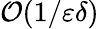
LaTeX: \mathcal{O}(1/\varepsilon\delta)